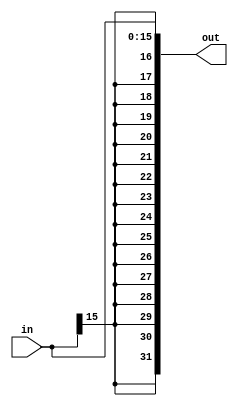
`timescale 1ns / 1ps

module SignExtend #(parameter WIDTH1=16, WIDTH2=32)
   (
    input [WIDTH1-1:0]  in,
    output [WIDTH2-1:0] out
    );

   assign out={{WIDTH2-WIDTH1{in[WIDTH1-1]}},in};

endmodule // SignExtend